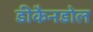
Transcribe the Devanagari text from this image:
डीकैनडोल